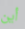
أين